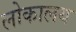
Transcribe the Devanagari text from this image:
लोकालय